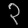
Digit: ၃